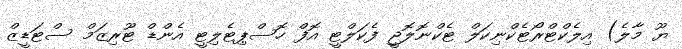
ޔޫ މާލެ) އިލެކްޓްރޯޓެކްނިކަލް ޓެކްނޮލޮޖީ ފެކަލްޓީ އޮފް ހޮސްޕިޓެލިޓީ އެންޑް ޓޫރިޒަމް ސްޓަޑީޒް